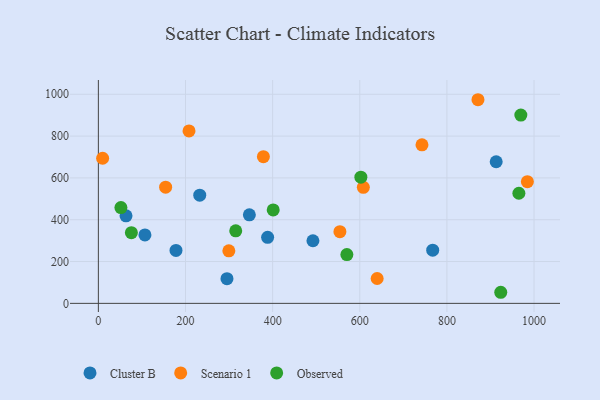
{"axis": {"x": "Experience", "y": "Salary"}, "legend": ["Cluster B", "Observed", "Scenario 1"], "data": [{"x": "295.2", "y": 117.9, "type": "Cluster B"}, {"x": "913.1", "y": 677.3, "type": "Cluster B"}, {"x": "232.7", "y": 517.3, "type": "Cluster B"}, {"x": "767.4", "y": 254.2, "type": "Cluster B"}, {"x": "492.5", "y": 299.5, "type": "Cluster B"}, {"x": "388.5", "y": 315.9, "type": "Cluster B"}, {"x": "106.9", "y": 327.2, "type": "Cluster B"}, {"x": "63.5", "y": 418.8, "type": "Cluster B"}, {"x": "346.6", "y": 423.5, "type": "Cluster B"}, {"x": "178.2", "y": 253.3, "type": "Cluster B"}, {"x": "208.1", "y": 824.7, "type": "Scenario 1"}, {"x": "378.8", "y": 701.6, "type": "Scenario 1"}, {"x": "154.4", "y": 555.7, "type": "Scenario 1"}, {"x": "9.8", "y": 694.1, "type": "Scenario 1"}, {"x": "871.3", "y": 973.9, "type": "Scenario 1"}, {"x": "554.4", "y": 342.6, "type": "Scenario 1"}, {"x": "299.5", "y": 251.1, "type": "Scenario 1"}, {"x": "984.7", "y": 581.8, "type": "Scenario 1"}, {"x": "742.8", "y": 758.4, "type": "Scenario 1"}, {"x": "639.9", "y": 118.8, "type": "Scenario 1"}, {"x": "608.2", "y": 555.1, "type": "Scenario 1"}, {"x": "570.4", "y": 233.1, "type": "Observed"}, {"x": "602.5", "y": 603.6, "type": "Observed"}, {"x": "75.8", "y": 338.0, "type": "Observed"}, {"x": "51.8", "y": 458.3, "type": "Observed"}, {"x": "315.3", "y": 346.7, "type": "Observed"}, {"x": "965.2", "y": 526.7, "type": "Observed"}, {"x": "401.3", "y": 446.7, "type": "Observed"}, {"x": "923.6", "y": 53.0, "type": "Observed"}, {"x": "969.7", "y": 900.6, "type": "Observed"}]}